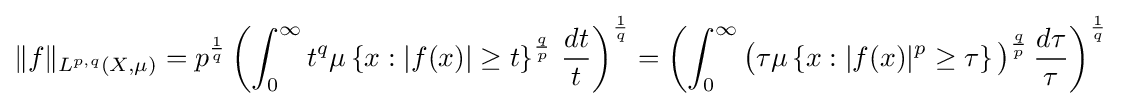
\|f\|_{L^{p,q}(X,\mu )}=p^{\frac {1}{q}}\left(\int _{0}^{\infty }t^{q}\mu \left\{x:|f(x)|\geq t\right\}^{\frac {q}{p}}\,{\frac {dt}{t}}\right)^{\frac {1}{q}}=\left(\int _{0}^{\infty }{\bigl (}\tau \mu \left\{x:|f(x)|^{p}\geq \tau \right\}{\bigr )}^{\frac {q}{p}}\,{\frac {d\tau }{\tau }}\right)^{\frac {1}{q}}